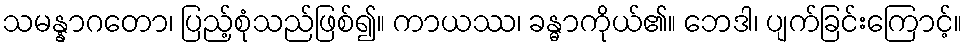
သမန္နာဂတော၊ ပြည့်စုံသည်ဖြစ်၍။ ကာယဿ၊ ခန္ဓာကိုယ်၏။ ဘေဒါ၊ ပျက်ခြင်းကြောင့်။